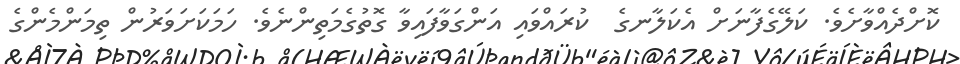
ކޮށްދެއްވާށެވެ. ކަލޭގެފާނަށް އެކަލާނގެ  ކުރައްވައި އަންގަވާފައިވާ ގޮތުގެމަތިންނެވެ. ހަމަކަށަވަރުން ތިމަންމެންގެ